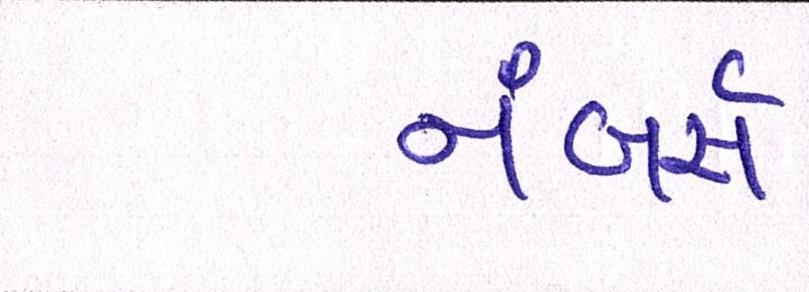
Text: નંબર્સ